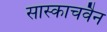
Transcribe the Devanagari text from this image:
सास्काचवैन